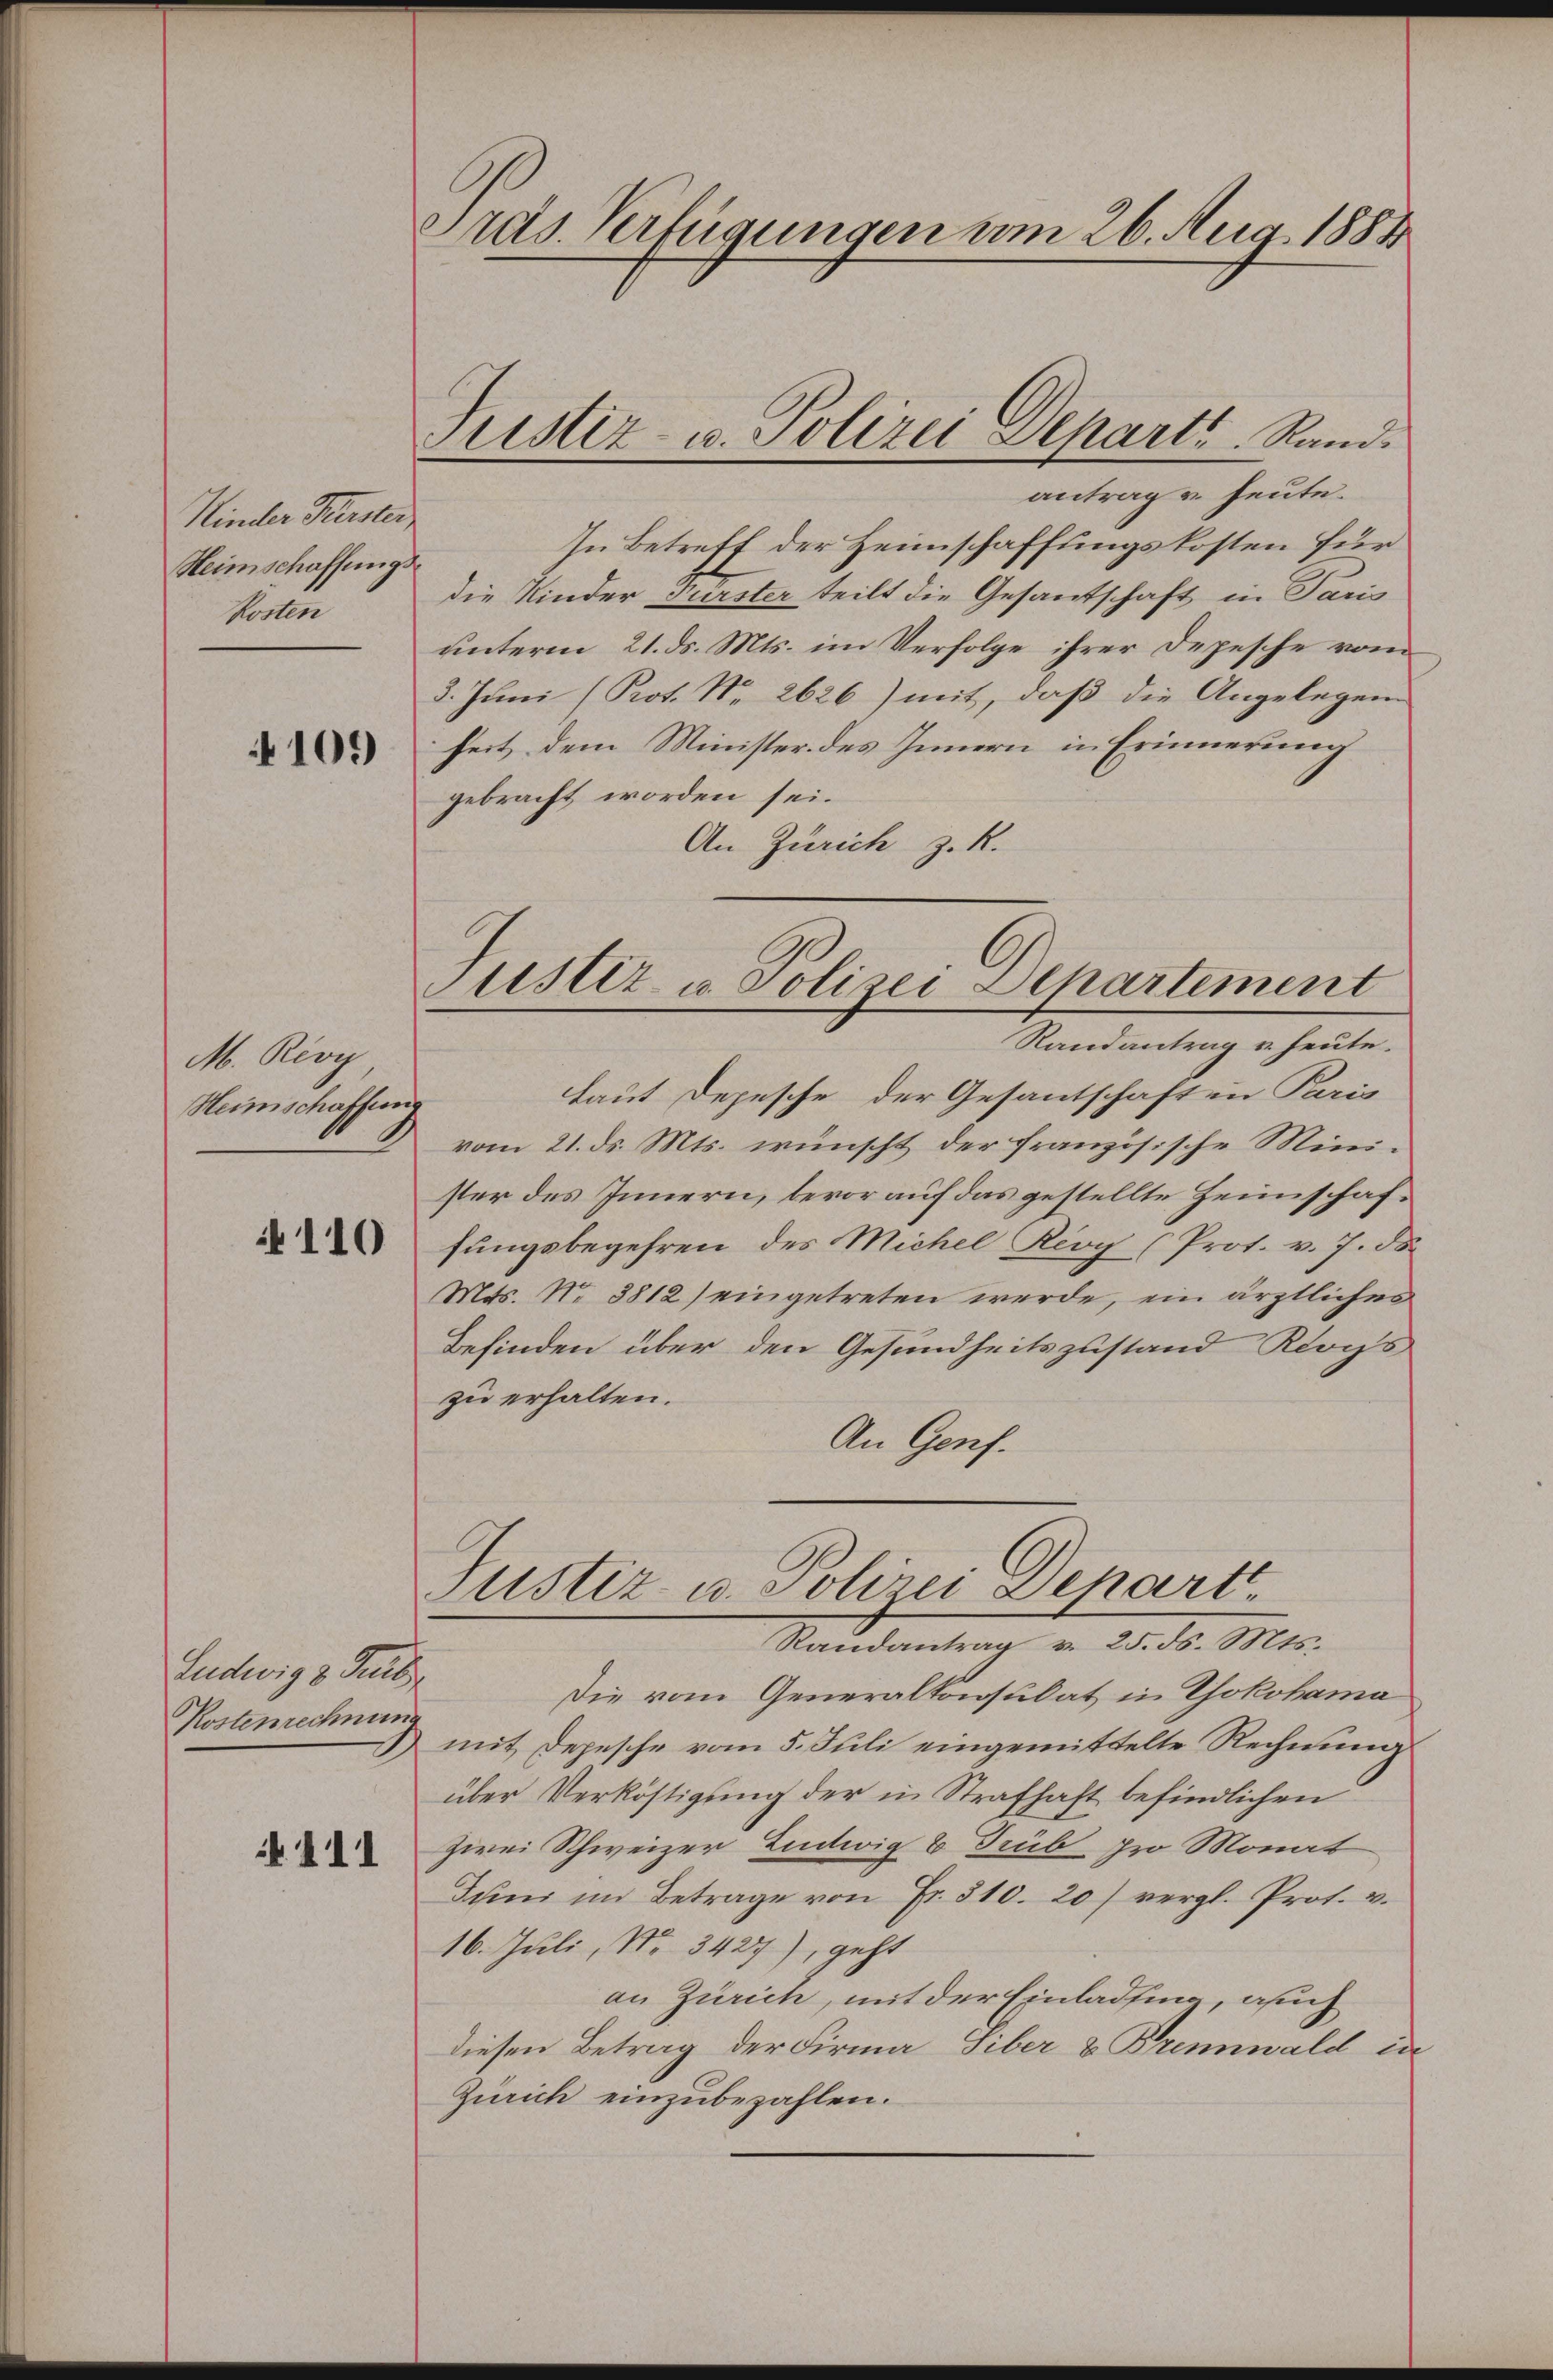
4109

M. Rivy
Heimschaffeng

110

111

Pras. Verfügungen vom 26. Aug. 1884

Justiz- u. Polizei Depart Rand.
antrag u. heute.

Kinder Fürster
Heimschaffungs¬
Kosten

Ludwig 3 Guld
Kostenrechnung

In Betreff der Heimschaffungskosten für
die Kinder Fürster teilt die Gesantschaft in Paris
unterm 21. ds. Mts. im Verfolge ihrer Depesche vom
3. Juni (Prot. Nr. 2626) mit, daß die Angelegene
heit dem Minister des Innern in Erinnerung
gebracht worden sei.
An Zürich z. R.
Justiz u. Polizei Departement
Randantrag u. heute.
laut Depesche der Gesantschaften Paris
vom 21. ds. Mts. wünscht der französische Minister des Innern, bevor auf das gestellte Heimschaffungsbegehren des Michel Rioy (Prot. v. 7. ds.
Mts. N. 3812) eingetreten werde, ein ärztliches
Befinden über den Gesundheitszustand Klops
zu erhalten.
An Genf.

Justiz- u. Polizei Depart.
Randantrag v. 25. ds. Mts.

Die vom Generalkonsulat in Yokohama
mit Depesche vom 5. Juli eingemittelte Rechnung
über Verköstigung der in Strafhaft befindlichen
zwei Schweizer Zentwig 6 Trüb pro Monat
Juni im Betrage von Fr. 310. 20) vergl. Prot. v.
16. Juli, No. 3427), geht
an Zürich, mit der Einladfing, auch
diesen Betrag der Firma Geber & Brennwald in
Zürich einzubezahlen.